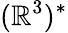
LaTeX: (\mathbb{R}^{3})^{*}